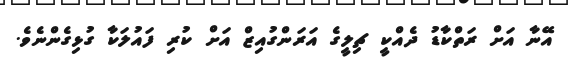
އޭނާ އަށް ރަތްކާޑު ދެއްކީ ޗިލީގެ އަރަންގުއިޒް އަށް ކުރި ފައުލަކާ ގުޅިގެންނެވެ.